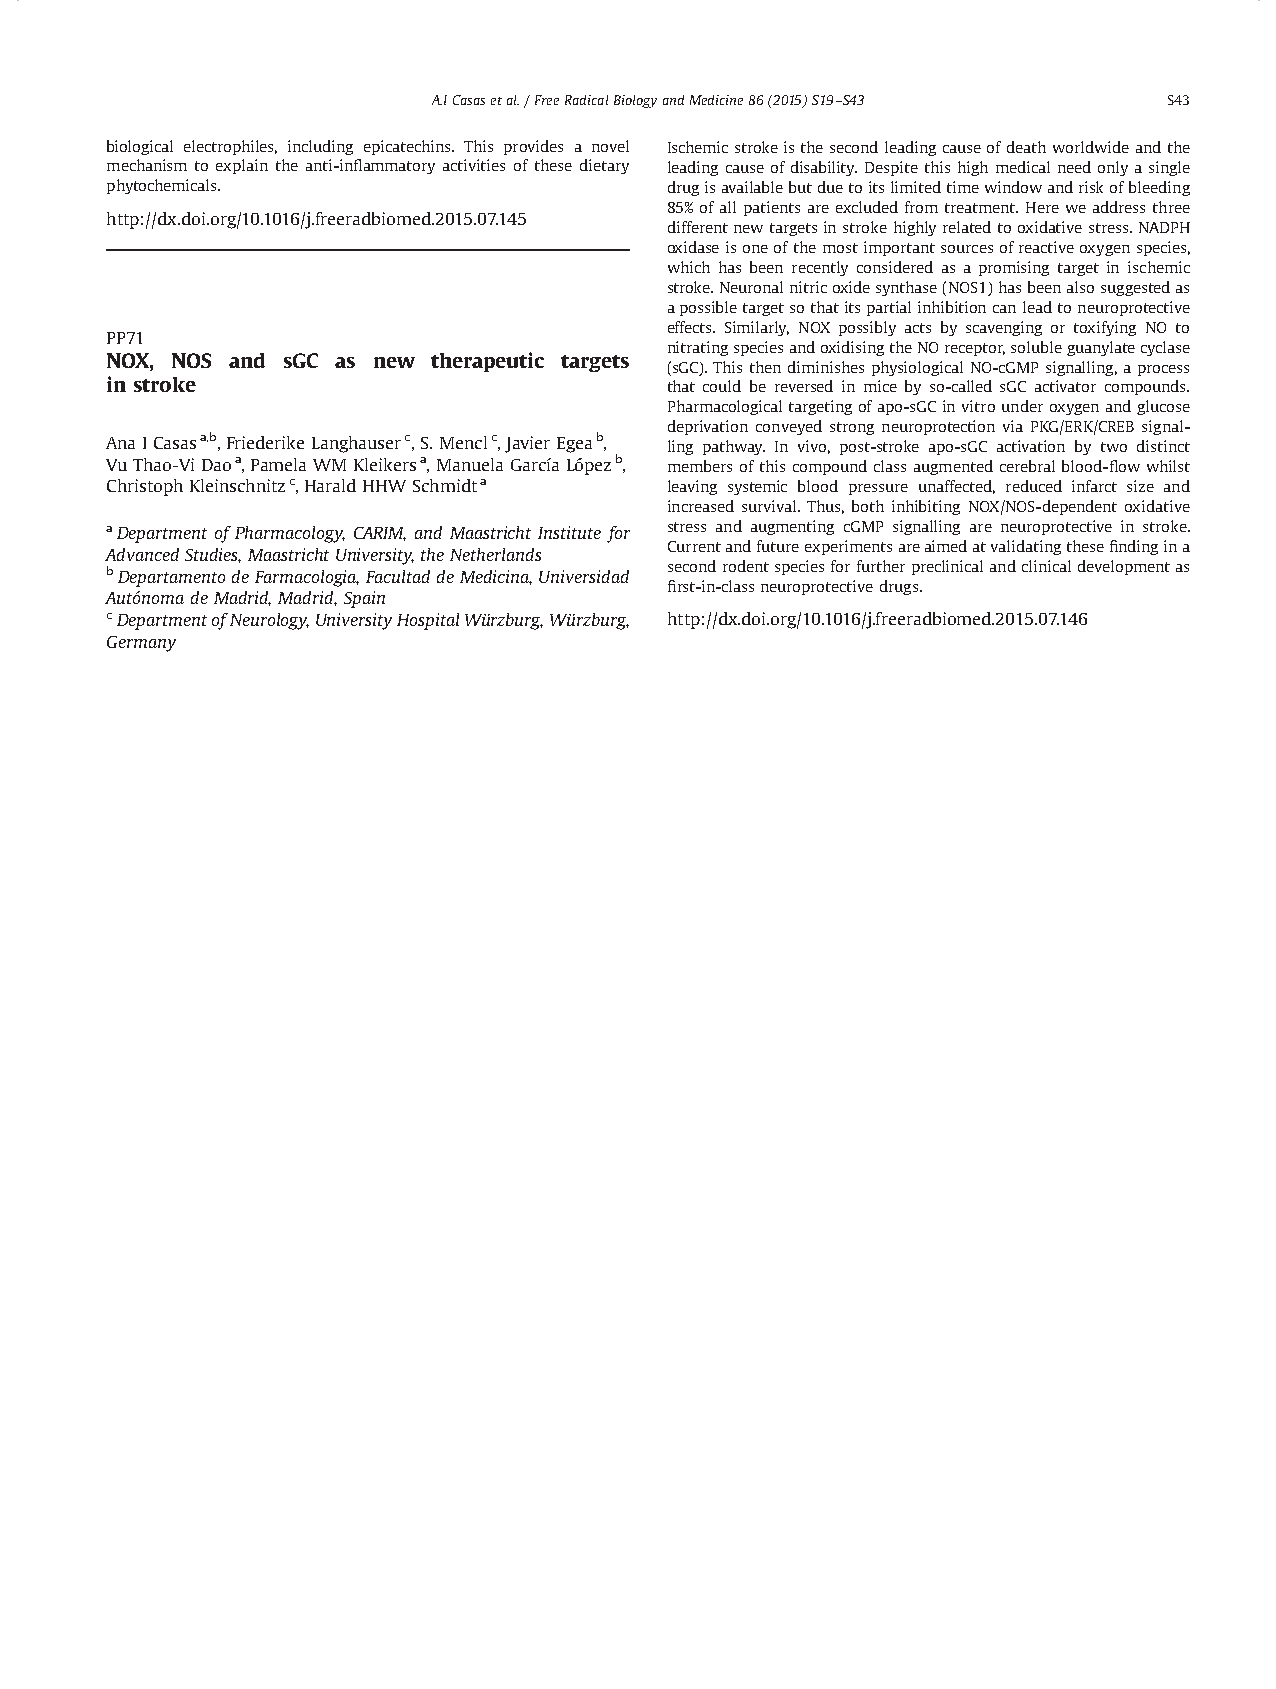
A.ICasasetal./FreeRadicalBiologyandMedicine86(2015)S19–S43 S43
 biological electrophiles, including epicatechins. This provides a novel Ischemicstrokeisthesecondleadingcauseofdeathworldwideandthe
 mechanism to explain the anti-inflammatory activities of these dietary leadingcauseofdisability.Despitethishighmedicalneedonlyasingle
 phytochemicals.                      drugisavailablebutduetoitslimitedtimewindowandriskofbleeding
 85%ofallpatientsareexcludedfromtreatment.Hereweaddressthree
 http://dx.doi.org/10.1016/j.freeradbiomed.2015.07.145
 differentnewtargetsinstrokehighlyrelatedtooxidativestress.NADPH
 oxidaseisoneofthemostimportantsourcesofreactiveoxygenspecies,
 which has been recently considered as a promising target in ischemic
 stroke.Neuronalnitricoxidesynthase(NOS1)hasbeenalsosuggestedas
 apossibletargetsothatitspartialinhibitioncanleadtoneuroprotective
 effects. Similarly, NOX possibly acts by scavenging or toxifying NO to
 PP71
 nitratingspeciesandoxidisingtheNOreceptor,solubleguanylatecyclase
 NOX, NOS and sGC as new therapeutic targets
 (sGC).ThisthendiminishesphysiologicalNO-cGMPsignalling,aprocess
 in stroke                            that could be reversed in mice by so-called sGC activator compounds.
 Pharmacologicaltargetingofapo-sGCinvitrounderoxygenandglucose
 deprivation conveyed strong neuroprotection via PKG/ERK/CREB signal-
 AnaICasasa,b,FriederikeLanghauserc,S.Menclc,JavierEgeab,
 ling pathway. In vivo, post-stroke apo-sGC activation by two distinct
 VuThao-ViDaoa,PamelaWMKleikersa,ManuelaGarcíaLópezb, membersofthiscompoundclassaugmentedcerebralblood-flowwhilst
 ChristophKleinschnitzc,HaraldHHWSchmidta leaving systemic blood pressure unaffected, reduced infarct size and
 increased survival. Thus, both inhibiting NOX/NOS-dependent oxidative
 aDepartment of Pharmacology, CARIM, and Maastricht Institute for stress and augmenting cGMP signalling are neuroprotective in stroke.
 Currentandfutureexperimentsareaimedatvalidatingthesefindingina
 AdvancedStudies,MaastrichtUniversity,theNetherlands
 secondrodentspeciesforfurtherpreclinicalandclinicaldevelopmentas
 bDepartamentodeFarmacologia,FacultaddeMedicina,Universidad
 first-in-classneuroprotectivedrugs.
 AutónomadeMadrid,Madrid,Spain
 cDepartmentofNeurology,UniversityHospitalWürzburg,Würzburg, http://dx.doi.org/10.1016/j.freeradbiomed.2015.07.146
 Germany